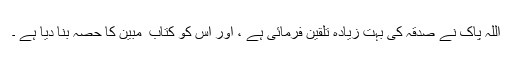
اللہ پاک نے صدقہ کی بہت زیادہ تلقین فرمائی ہے ، اور اس کو کتاب ِ مبین کا حصہ بنا دیا ہے ۔